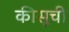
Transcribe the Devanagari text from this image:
कीसूची